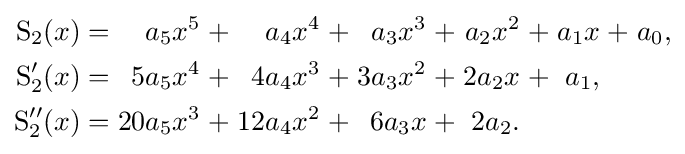
{\begin{alignedat}{13}\operatorname {S} _{2}(x)&&\;=\;&&a_{5}x^{5}&&\;+\;&&a_{4}x^{4}&&\;+\;&&a_{3}x^{3}&&\;+\;&&a_{2}x^{2}&&\;+\;&&a_{1}x&&\;+\;&&a_{0},&\\\operatorname {S} _{2}'(x)&&\;=\;&&5a_{5}x^{4}&&\;+\;&&4a_{4}x^{3}&&\;+\;&&3a_{3}x^{2}&&\;+\;&&2a_{2}x&&\;+\;&&a_{1},&\\\operatorname {S} _{2}''(x)&&\;=\;&&20a_{5}x^{3}&&\;+\;&&12a_{4}x^{2}&&\;+\;&&6a_{3}x&&\;+\;&&2a_{2}.&\end{alignedat}}